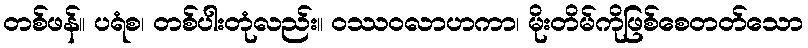
တစ်ဖန်။ ပရံစ၊ တစ်ပါးတုံလည်း။ ဝဿဝလာဟကာ၊ မိုးတိမ်ကိုဖြစ်စေတတ်သော